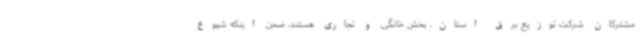
مشترکان شرکت توزیع برق استان، بخش خانگی و تجاری هستند، ضمن اینکه شیوع